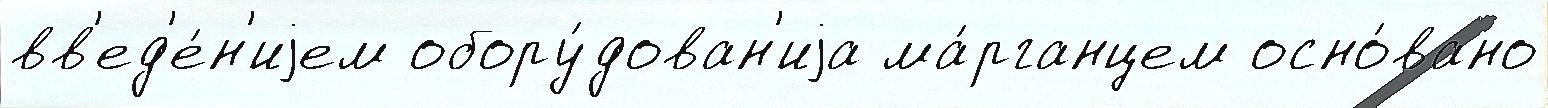
вв'ед'е́н'иjем обору́дован'иjа ма́рганцем осно́вано